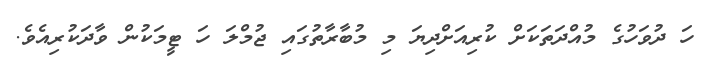
ހަ ދުވަހުގެ މުއްދަތަކަށް ކުރިއަށްދިޔަ މި މުބާރާތުގައި ޖުމްލަ ހަ ޓީމަކުން ވާދަކުރިއެވެ.